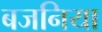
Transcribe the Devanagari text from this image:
बजनिया